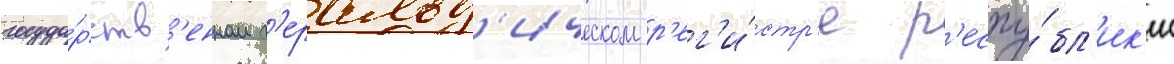
госуда́рств'енном г'еральд'ическом р'ег'и́стр'е р'еспу́бл'ик'и